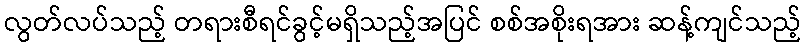
လွတ်လပ်သည့် တရားစီရင်ခွင့်မရှိသည့်အပြင် စစ်အစိုးရအား ဆန့်ကျင်သည့်